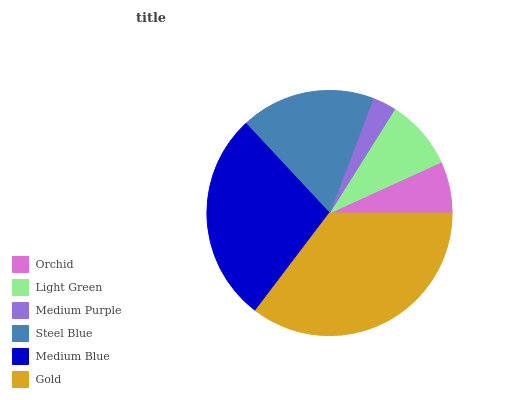
| Orchid | Light Green | Medium Purple | Steel Blue | Medium Blue | Gold |
 | --- | --- | --- | --- | --- | --- |
 | 6.79% | 9.26% | 3.12% | 17.8% | 27.7% | 35.3% |